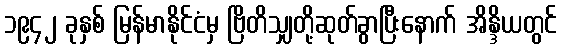
၁၉၄၂ ခုနှစ် မြန်မာနိုင်ငံမှ ဗြိတိသျှတို့ဆုတ်ခွာပြီးနောက် အိန္ဒိယတွင်